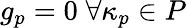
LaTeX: g_{p}=0\; \forall\kappa_{p}\in P